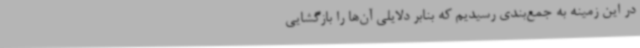
در این زمینه به جمع‌بندی رسیدیم که بنابر دلایلی آن‌ها را بازگشایی